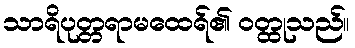
သာရိပုတ္တရာမထေရ်၏ ဝတ္ထုသည်။